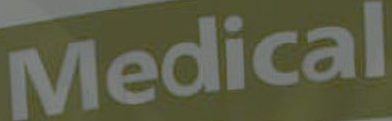
Medical